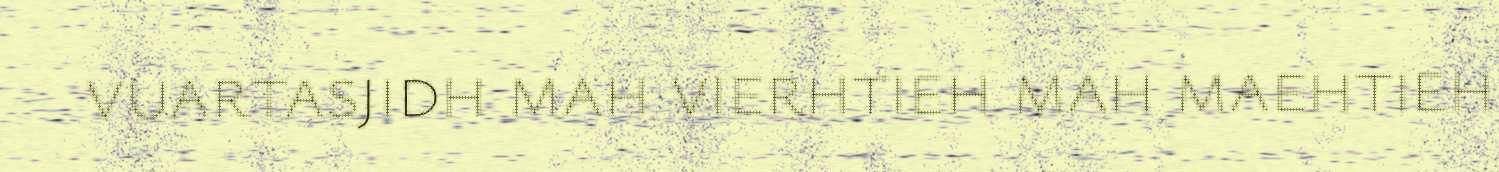
vuartasjidh mah vierhtieh mah maehtieh